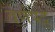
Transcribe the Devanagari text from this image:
वर्णपट्ट